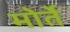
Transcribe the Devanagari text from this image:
मोर्ते